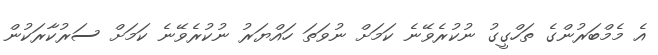
އެ މެމްބަރުންގެ ތަހްގީގު ނުކުރެވޭނެ ކަމަށް ނުވަތަ ހައްޔަރު ނުކުރެވޭނެ ކަމަށް ސަރުކާރަކުން